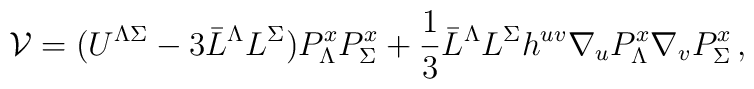
{\cal V} = (U^{\Lambda \Sigma} - 3 \bar L^\Lambda L^\Sigma) P_\Lambda^x P_\Sigma^x + \frac13 \bar L^\Lambda L^\Sigma h^{uv} \nabla_u P_{\Lambda}^x \nabla_v P_{\Sigma}^x \, ,